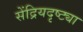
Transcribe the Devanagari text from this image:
सेंद्रियदृष्ट्या